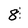
Character: 8